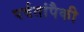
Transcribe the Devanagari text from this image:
पर्वतांपैकी